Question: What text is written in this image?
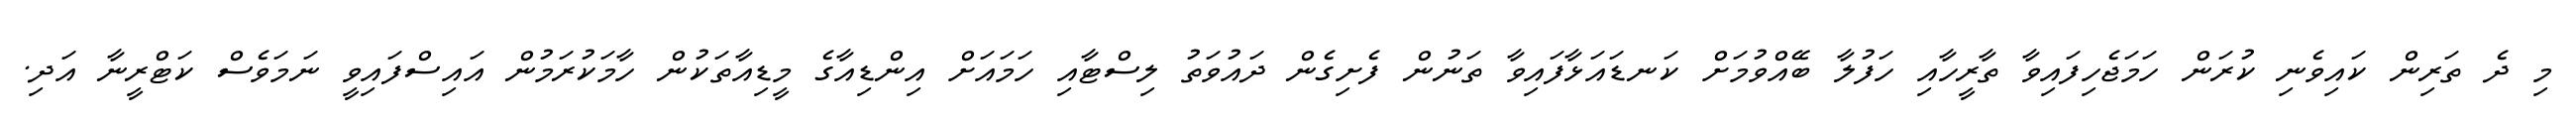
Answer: މި ދެ ތަރިން ކައިވެނި ކުރަން ހަމަޖެހިފައިވާ ތާރީހާއި ހަފުލާ ބޭއްވުމަށް ކަނޑައަޅާފައިވާ ތަނުން ފެށިގެން ދައުވަތު ލިސްޓާއި ހަމައަށް އިންޑިއާގެ މީޑިއާތަކުން ހާމަކުރަމުން އައިސްފައިވީ ނަމަވެސް ކަޓްރީނާ އަދި.